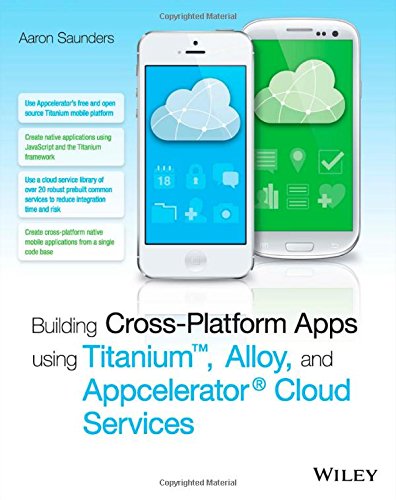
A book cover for Building Cross-Platform Apps using Titanium, Alloy, and Appcelerator Cloud Services; Aaron Saunders; Computers & Technology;